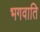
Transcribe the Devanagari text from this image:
भगवाति